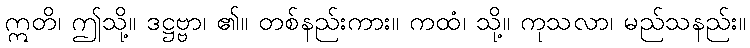
ဣတိ၊ ဤသို့။ ဒဋ္ဌဗ္ဗာ၊ ၏။ တစ်နည်းကား။ ကထံ၊ သို့။ ကုသလာ၊ မည်သနည်း။